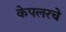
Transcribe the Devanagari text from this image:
केपलरचे